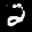
Label: 2